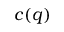
c ( q )